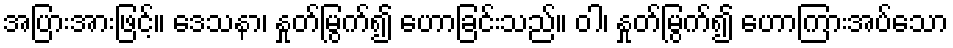
အပြားအားဖြင့်။ ဒေသနာ၊ နှုတ်မြွက်၍ ဟောခြင်းသည်။ ဝါ၊ နှုတ်မြွက်၍ ဟောကြားအပ်သော